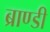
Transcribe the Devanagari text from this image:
ब्राण्डी